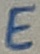
Text: E